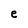
Character: e